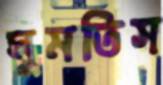
ঘুমতিস